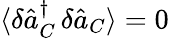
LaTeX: \langle\delta\hat{a}_{C}^{\dagger}\, \delta\hat{a}_{C}\rangle=0